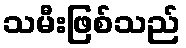
သမီးဖြစ်သည်